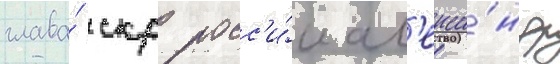
глава́ скр росс'и́и ал'екса́ндр